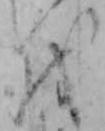
を